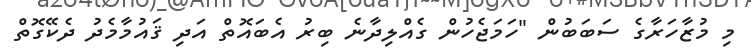
މި މުޒާހަރާގެ ސަބަބުން "ހަމަޖެހުން ގެއްލިދާނެ ބިރު އެބައޮތް އަދި ޤައުމާމެދު ދެކޭގޮތް